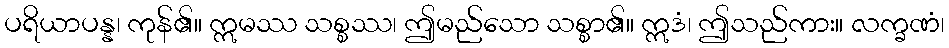
ပရိယာပန္န၊ ကုန်၏။ ဣမဿ သစ္စဿ၊ ဤမည်သော သစ္စာ၏။ ဣဒံ၊ ဤသည်ကား။ လက္ခဏံ၊